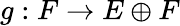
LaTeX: g:F\to E\oplus F